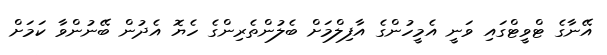
އޭނާގެ ޓްވީޓްގައި ވަނީ އެމީހުންގެ އާފިލްމަށް ބެލުންތެރިންގެ ހެޔޮ އެދުން ބޭނުންވާ ކަމަށް